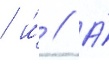
/ и́ // А́